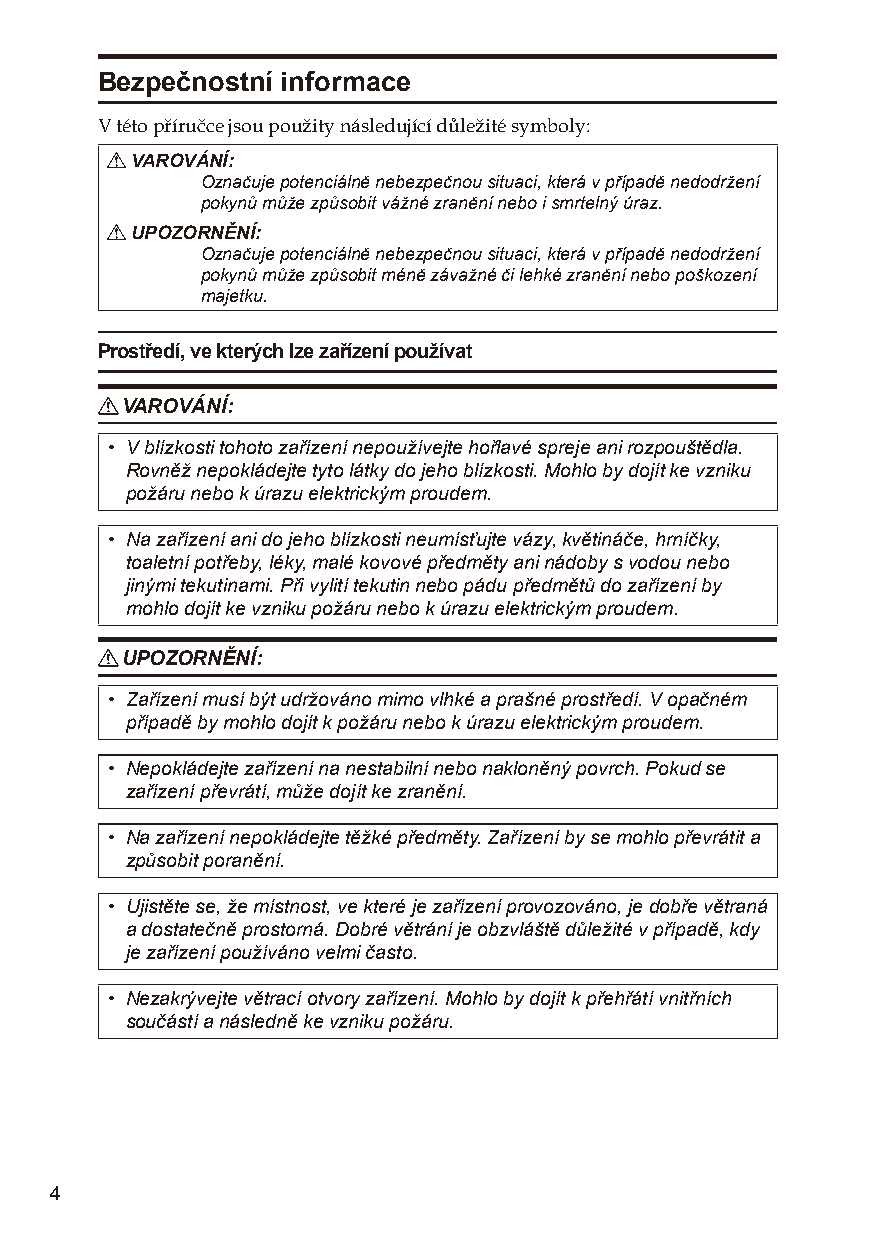
Bezpečnostní informace
 V této příručce jsou použity následující důležité symboly:
 R VAROVÁNÍ:
 Označuje potenciálně nebezpečnou situaci, která v případě nedodržení
 pokynů může způsobit vážné zranění nebo i smrtelný úraz.
 R UPOZORNĚNÍ:
 Označuje potenciálně nebezpečnou situaci, která v případě nedodržení
 pokynů může způsobit méně závažné či lehké zranění nebo poškození
 majetku.
 Prostředí, ve kterých lze zařízení používat
 R VAROVÁNÍ:
 • V blízkosti tohoto zařízení nepoužívejte hořlavé spreje ani rozpouštědla.
 Rovněž nepokládejte tyto látky do jeho blízkosti. Mohlo by dojít ke vzniku
 požáru nebo k úrazu elektrickým proudem.
 • Na zařízení ani do jeho blízkosti neumísťujte vázy, květináče, hrníčky,
 toaletní potřeby, léky, malé kovové předměty ani nádoby s vodou nebo
 jinými tekutinami. Při vylití tekutin nebo pádu předmětů do zařízení by
 mohlo dojít ke vzniku požáru nebo k úrazu elektrickým proudem.
 R UPOZORNĚNÍ:
 • Zařízení musí být udržováno mimo vlhké a prašné prostředí. V opačném
 případě by mohlo dojít k požáru nebo k úrazu elektrickým proudem.
 • Nepokládejte zařízení na nestabilní nebo nakloněný povrch. Pokud se
 zařízení převrátí, může dojít ke zranění.
 • Na zařízení nepokládejte těžké předměty. Zařízení by se mohlo převrátit a
 způsobit poranění.
 • Ujistěte se, že místnost, ve které je zařízení provozováno, je dobře větraná
 a dostatečně prostorná. Dobré větrání je obzvláště důležité v případě, kdy
 je zařízení používáno velmi často.
 • Nezakrývejte větrací otvory zařízení. Mohlo by dojít k přehřátí vnitřních
 součástí a následně ke vzniku požáru.
 4